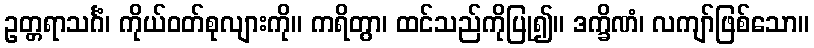
ဥတ္တရာသင်္ဂံ၊ ကိုယ်ဝတ်စုလျားကို။ ကရိတွာ၊ ထင်သည်ကိုပြု၍။ ဒက္ခိဏံ၊ လကျာ်ဖြစ်သော။